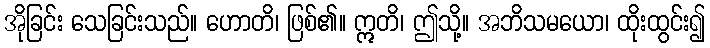
အိုခြင်း သေခြင်းသည်။ ဟောတိ၊ ဖြစ်၏။ ဣတိ၊ ဤသို့။ အဘိသမယော၊ ထိုးထွင်း၍